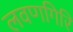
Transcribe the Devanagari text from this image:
लवणगिरि